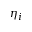
\eta _ { i }